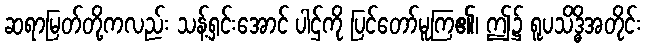
ဆရာမြတ်တို့ကလည်း သန့်ရှင်းအောင် ပါဌ်ကို ပြင်တော်မူကြ၏၊ ဤ၌ ရူပသိဒ္ဓိအတိုင်း